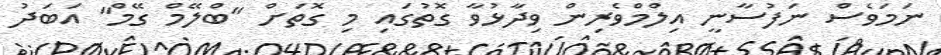
ނަމަވެސް ނަފުސާނީ އިލްމްވެރިން ވިދާޅުވާ ގޮތުގައި މި ގޮތަށް "ބްލޭމް ގޭމް" އަބަދު